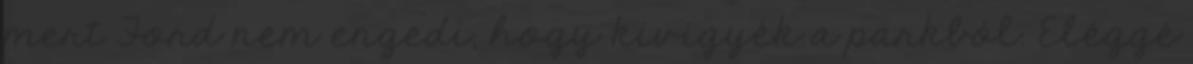
mert Ford nem engedi, hogy kivigyék a parkból. Eléggé